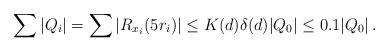
LaTeX: \begin{align*}\sum |Q_i|=\sum |R_{x_i} (5r_i)| \le K(d)\delta(d) |Q_0| \le 0.1 |Q_0|\,.\end{align*}